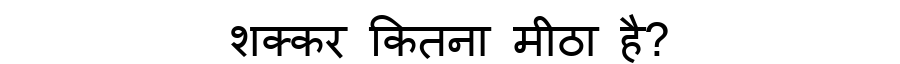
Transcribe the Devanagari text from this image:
शक्कर कितना मीठा है?